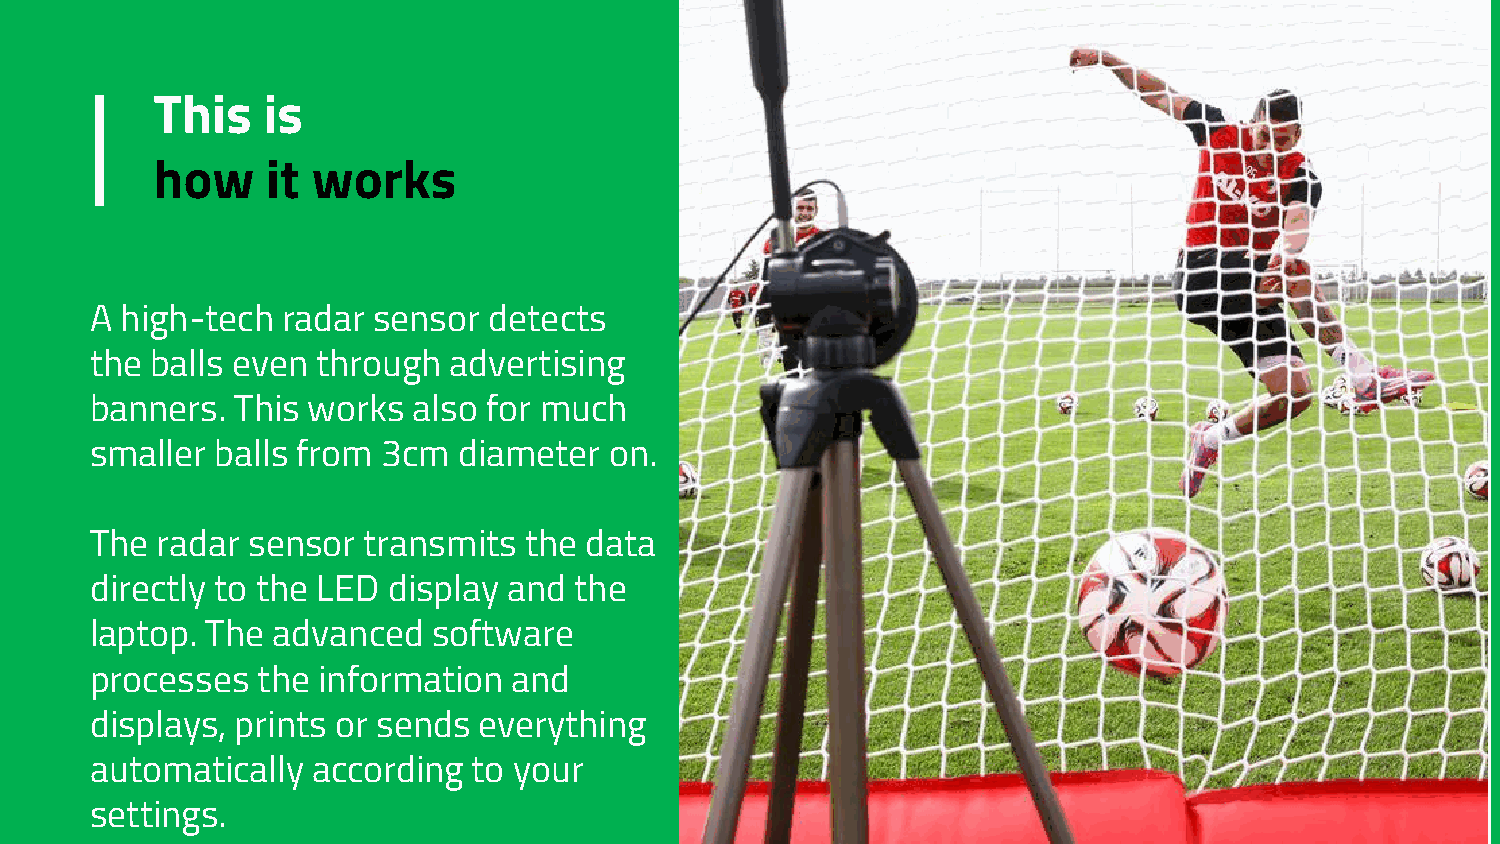
This   is
 how     it works
 A high-tech  radar sensor detects
 the balls even through  advertising
 banners.  This works also for much
 smaller balls from 3cm  diameter  on.
 The radar sensor  transmits  the data
 directly to the LED display and the
 laptop. The advanced   software
 processes  the information  and
 displays, prints or sends everything
 automatically  according to your
 settings.